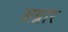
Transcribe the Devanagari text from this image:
अब्रार